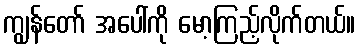
ကျွန်တော် အပေါ်ကို မော့ကြည့်လိုက်တယ်။